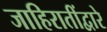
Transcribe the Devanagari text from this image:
जाहिरातींद्वारे